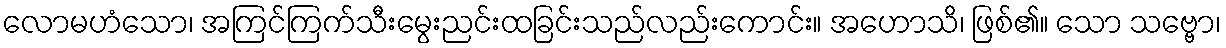
လောမဟံသော၊ အကြင်ကြက်သီးမွေးညင်းထခြင်းသည်လည်းကောင်း။ အဟောသိ၊ ဖြစ်၏။ သော သဗ္ဗော၊